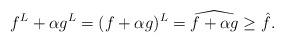
LaTeX: \begin{align*}f^L+\alpha g^L=(f+\alpha g)^L=\widehat{f+\alpha g}\ge \hat{f}.\end{align*}